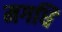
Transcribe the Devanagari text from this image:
मगधि